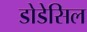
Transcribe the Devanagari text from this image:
डोडेसिल